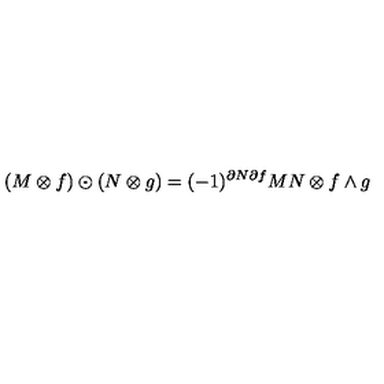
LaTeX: ( M \otimes f ) \odot ( N \otimes g ) = ( - 1 ) ^ { \partial N \partial f } M N \otimes f \wedge g